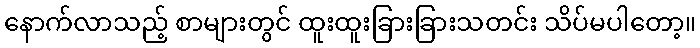
နောက်လာသည့် စာများတွင် ထူးထူးခြားခြားသတင်း သိပ်မပါတော့။